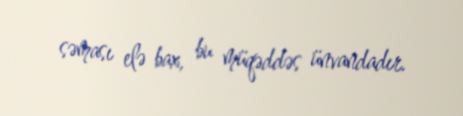
səması elə bax, bu müqəddəs ünvandadır.